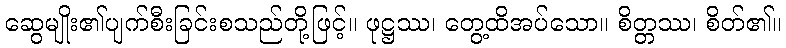
ဆွေမျိုး၏ပျက်စီးခြင်းစသည်တို့ဖြင့်။ ဖုဋ္ဌဿ၊ တွေ့ထိအပ်သော။ စိတ္တဿ၊ စိတ်၏။